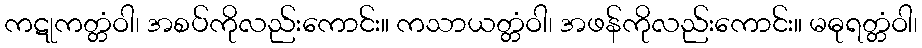
ကဋုကတ္တံဝါ၊ အစပ်ကိုလည်းကောင်း။ ကသာယတ္တံဝါ၊ အဖန်ကိုလည်းကောင်း။ မဓုရတ္တံဝါ၊